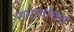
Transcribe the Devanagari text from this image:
समार्थांचेच